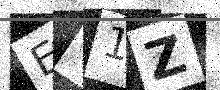
Text: E71Z